Indian journal of veterinary science and animal husbandry - Volume 8,
Year: 1938
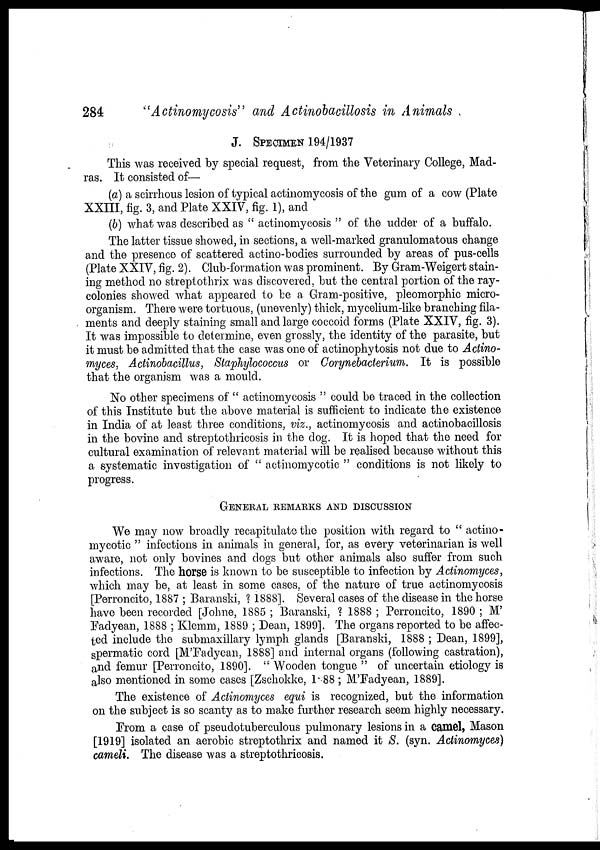
284
"Actinomycosis" and Actinobacillosis in Animals
J. SPECIMEN 194/1937
This was received by special request, from the Veterinary College, Mad-
ras. It consisted of—
(a) a scirrhous lesion of typical actinomycosis of the gum of a cow (Plate
XXIII, fig. 3, and Plate XXIV, fig. 1), and
(b) what was described as " actinomycosis " of the udder of a buffalo.
The latter tissue showed, in sections, a well-marked granulomatous change
and the presence of scattered actino-bodies surrounded by areas of pus-cells
(Plate XXIV, fig. 2). Club-formation was prominent. By Gram-Weigert stain-
ing method no streptothrix was discovered, but the central portion of the ray-
colonies showed what appeared to be a Gram-positive, pleomorphic micro-
organism. There were tortuous, (unevenly) thick, mycelium-like branching fila-
ments and deeply staining small and large coccoid forms (Plate XXIV, fig. 3).
It was impossible to determine, even grossly, the identity of the parasite, but
it must be admitted that the case was one of actinophytosis not due to Actino-
myces, Actinobacillus, Staphylococcus or Corynebacterium. It is possible
that the organism was a mould.
No other specimens of " actinomycosis " could be traced in the collection
of this Institute but the above material is sufficient to indicate the existence
in India of at least three conditions, viz., actinomycosis and actinobacillosis
in the bovine and streptothricosis in the dog. It is hoped that the need for
cultural examination of relevant material will be realised because without this
a systematic investigation of " actinomycotic " conditions is not likely to
progress.
GENERAL REMARKS AND DISCUSSION
We may now broadly recapitulate the position with regard to " actino-
mycotic " infections in animals in general, for, as every veterinarian is well
aware, not only bovines and dogs but other animals also suffer from such
infections. The horse is known to be susceptible to infection by Actinomyces,
which may be, at least in some cases, of the nature of true actinomycosis
[Perroncito, 1887 ; Baranski, ? 1888]. Several cases of the disease in the horse
have been recorded [Johne, 1885 ; Baranski, ? 1888 ; Perroncito, 1890 ; M'
Fadyean, 1888 ; Klemm, 1889 ; Dean, 1899]. The organs reported to be affec-
ted include the submaxillary lymph glands [Baranski, 1888 ; Dean, 1899],
spermatic cord [M'Fadyean, 1888] and internal organs (following castration),
and femur [Perroncito, 1890]. " Wooden tongue " of uncertain etiology is
also mentioned in some cases [Zschokke, 1 88 ; M'Fadyean, 1889].
The existence of Actinomyces equi is recognized, but the information
on the subject is so scanty as to make further research seem highly necessary.
From a case of pseudotuberculous pulmonary lesions in a camel, Mason
[1919] isolated an aerobic streptothrix and named it S. (syn. Actinomyces)
cameli. The disease was a streptothricosis.